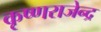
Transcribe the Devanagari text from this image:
कृष्णराजेन्द्र